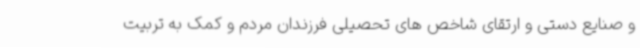
و صنایع دستی و ارتقای شاخص های تحصیلی فرزندان مردم و کمک به تربیت